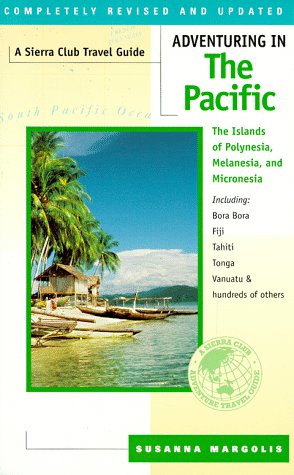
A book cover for Adventuring in the Pacific: The Islands of Polynesia, Melanesia, and Micronesia; Susanna Margolis; Travel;